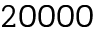
2 0 0 0 0